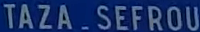
TAZA_SEFROU